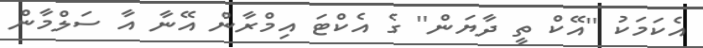
އެކަމަކު ''އޭކް ތީ ދާޔަން'' ގެ އެކްޓަ އިމްރާން އޭނާ އާ ސަލްމާން